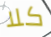
كلا